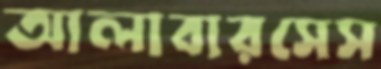
আলাবারসেস